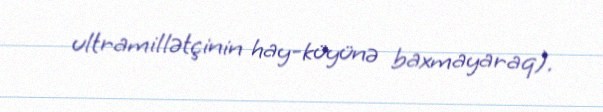
ultramillətçinin hay-küyünə baxmayaraq).